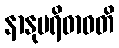
နာနုပရိဓာဝတိ